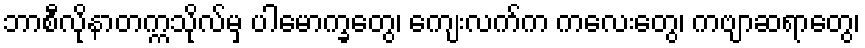
ဘာစီလိုနာတက္ကသိုလ်မှ ပါမောက္ခတွေ၊ ကျေးလက်က ကလေးတွေ၊ ကဗျာဆရာတွေ၊